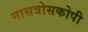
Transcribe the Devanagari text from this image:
गासत्रोसकोपी